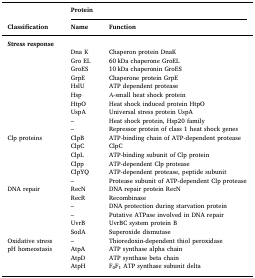
<table><thead><tr><td></td><td colspan="2"><b>Protein</b></td></tr><tr><td><b>Classification</b></td><td><b>Name</b></td><td><b>Function</b></td></tr></thead><tbody><tr><td colspan="3"><b>Stress response</b></td></tr><tr><td></td><td>Dna K</td><td>Chaperon protein DnaK</td></tr><tr><td></td><td>Gro EL</td><td>60 kDa chaperone GroEL</td></tr><tr><td></td><td>GroES</td><td>10 kDa chaperonin GroES</td></tr><tr><td></td><td>GrpE</td><td>Chaperone protein GrpE</td></tr><tr><td></td><td>HslU</td><td>ATP dependent protease</td></tr><tr><td></td><td>Hsp</td><td>Α-small heat shock protein</td></tr><tr><td></td><td>HtpO</td><td>Heat shock induced protein HtpO</td></tr><tr><td></td><td>UspA</td><td>Universal stress protein UspA</td></tr><tr><td></td><td>–</td><td>Heat shock protein, Hsp20 family</td></tr><tr><td></td><td>–</td><td>Repressor protein of class 1 heat shock genes</td></tr><tr><td>Clp proteins</td><td>ClpB</td><td>ATP-binding chain of ATP-dependent protease</td></tr><tr><td></td><td>ClpC</td><td>ClpC</td></tr><tr><td></td><td>ClpL</td><td>ATP-binding subunit of Clp protein</td></tr><tr><td></td><td>Clpp</td><td>ATP-dependent Clp protease</td></tr><tr><td></td><td>ClpYQ</td><td>ATP-dependent protease, peptide subunit</td></tr><tr><td></td><td>–</td><td>Protease subunit of ATP-dependent Clp protease</td></tr><tr><td>DNA repair</td><td>RecN</td><td>DNA repair protein RecN</td></tr><tr><td></td><td>RecR</td><td>Recombinase</td></tr><tr><td></td><td>–</td><td>DNA protection during starvation protein</td></tr><tr><td></td><td>–</td><td>Putative ATPase involved in DNA repair</td></tr><tr><td></td><td>UvrB</td><td>UvrBC system protein B</td></tr><tr><td></td><td>SodA</td><td>Superoxide dismutase</td></tr><tr><td>Oxidative stress</td><td>–</td><td>Thioredoxin-dependent thiol peroxidase</td></tr><tr><td>pH homeostasis</td><td>AtpA</td><td>ATP synthase alpha chain</td></tr><tr><td></td><td>AtpD</td><td>ATP synthase beta chain</td></tr><tr><td></td><td>AtpH</td><td>F<sub>0</sub>F<sub>1</sub> ATP synthase subunit delta</td></tr></tbody></table>